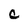
Character: C